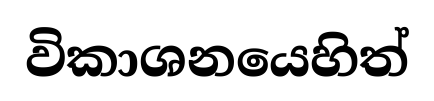
විකාශනයෙහිත්